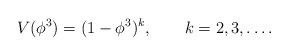
LaTeX: \begin{align*}V(\phi^3)=(1-\phi^3)^{k} , \qquad k=2,3,\ldots .\end{align*}